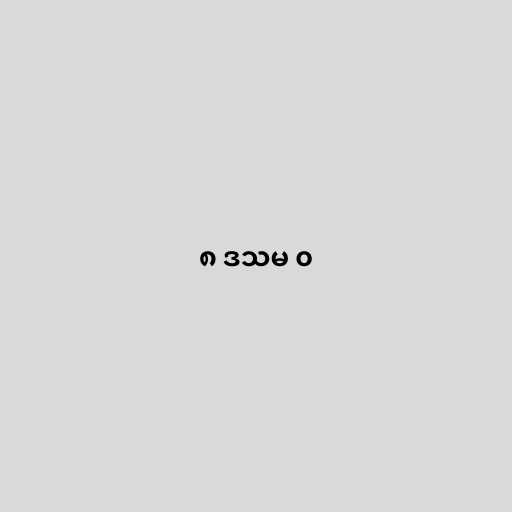
၈ ဒသမ ၀